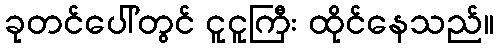
ခုတင်ပေါ်တွင် ငူငူကြီး ထိုင်နေသည်။